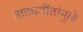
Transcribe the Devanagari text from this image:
नाट्यगीतांमुळे